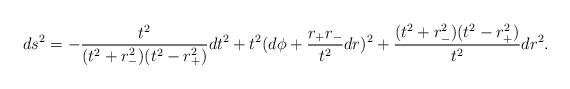
LaTeX: \begin{align*}ds^2 = -\frac{t^2}{(t^2 + r_-^2)(t^2-r_+^2)}dt^2 +t^2 (d\phi +\frac{r_+ r_-}{t^2} dr)^2 +\frac{(t^2 + r_-^2)(t^2-r_+^2)}{t^2} dr^2 .\end{align*}